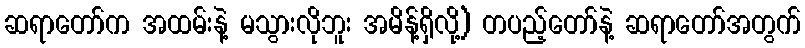
ဆရာတော်က အထမ်းနဲ့ မသွားလိုဘူး အမိန့်ရှိလို့) တပည့်တော်နဲ့ ဆရာတော်အတွက်